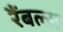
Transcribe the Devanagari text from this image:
रैंबल्स